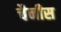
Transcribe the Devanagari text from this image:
चैनीस